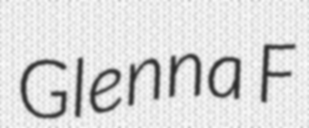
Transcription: Glenna F